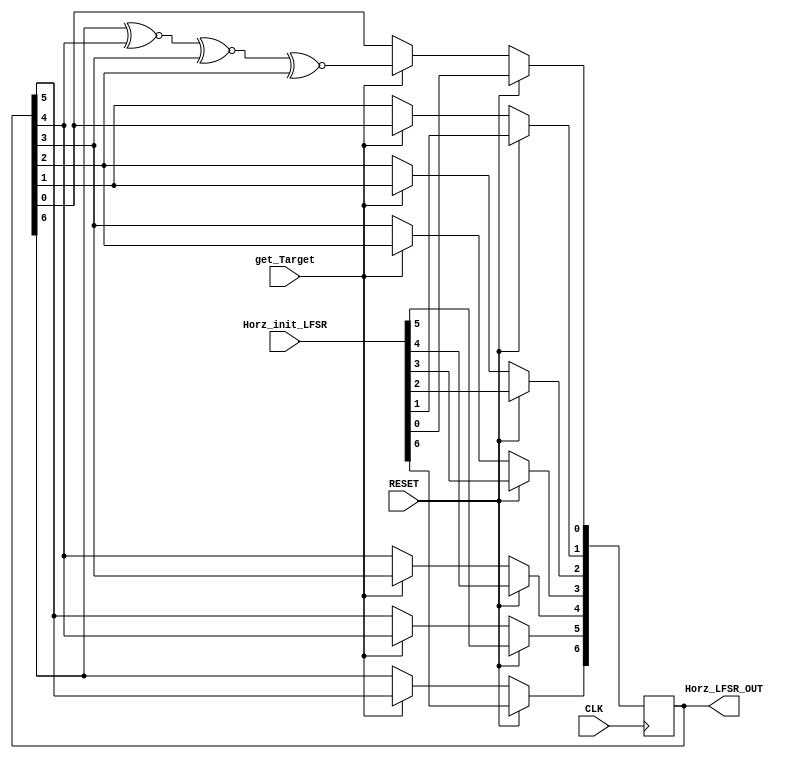
module Bit_7_LFSR(
                    input  RESET,    
                    input  CLK,
                    input  [6:0]  Horz_init_LFSR,     
                    input  get_Target,        
                    output [6:0]  Horz_LFSR_OUT  
                 );


  reg [6:0] random_7_bits;
  assign Horz_LFSR_OUT = random_7_bits;
  

  always@(posedge CLK) begin
      if(RESET)
          random_7_bits <= Horz_init_LFSR;
      else if(get_Target) begin
          random_7_bits[0] <= ((random_7_bits[6] ~^ random_7_bits[4]) ~^ random_7_bits[3]) ~^ random_7_bits[2];
          random_7_bits[1] <= random_7_bits[0];
          random_7_bits[2] <= random_7_bits[1];
          random_7_bits[3] <= random_7_bits[2];
          random_7_bits[4] <= random_7_bits[3];
          random_7_bits[5] <= random_7_bits[4];
          random_7_bits[6] <= random_7_bits[5];
          
      end
  end

endmodule